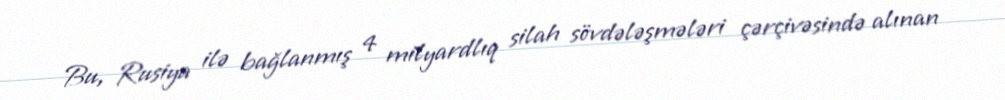
Bu, Rusiya ilə bağlanmış 4 milyardlıq silah sövdələşmələri çərçivəsində alınan